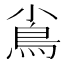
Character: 𩾟